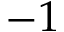
- 1